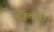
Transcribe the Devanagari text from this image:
महिलावों